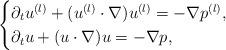
LaTeX: \begin{align*} \begin{cases} \partial_t u^{(l)} + (u^{(l)} \cdot \nabla) u^{(l)} = - \nabla p^{(l)}, \\ \partial_t u + (u\cdot \nabla) u = - \nabla p, \end{cases}\end{align*}